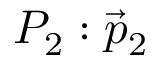
P _ { 2 } : { \vec { p } } _ { 2 }